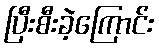
ပြီးစီးခဲ့ကြောင်း